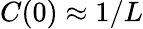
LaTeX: C(0)\approx 1/L